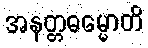
အနတ္တဓမ္မောတိ